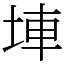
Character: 𡌄